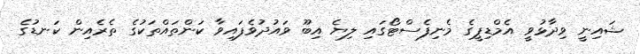
ޝައިނީ ވިދާޅުވީ އެމްޑިޕީގެ މެނިފެސްޓޯގައި ލިޔެ އިބޫ ވައުދުވެފައިވާ ކަންތައްތަކުގެ ތެރެއިން ކަނޑުގެ